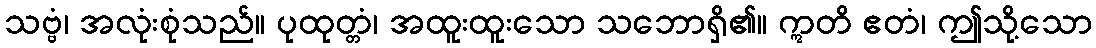
သဗ္ဗံ၊ အလုံးစုံသည်။ ပုထုတ္တံ၊ အထူးထူးသော သဘောရှိ၏။ ဣတိ ဧတံ၊ ဤသို့သော